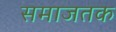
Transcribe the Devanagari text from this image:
समाजतक